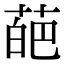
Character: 葩